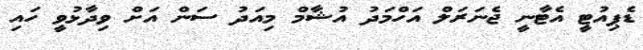
ޑެޕިއުޓީ އެޓާނީ ޖެނަރަލް އަހްމަދު އުޝާމް މިއަދު ސަން އަށް ވިދާޅުވީ ހައި